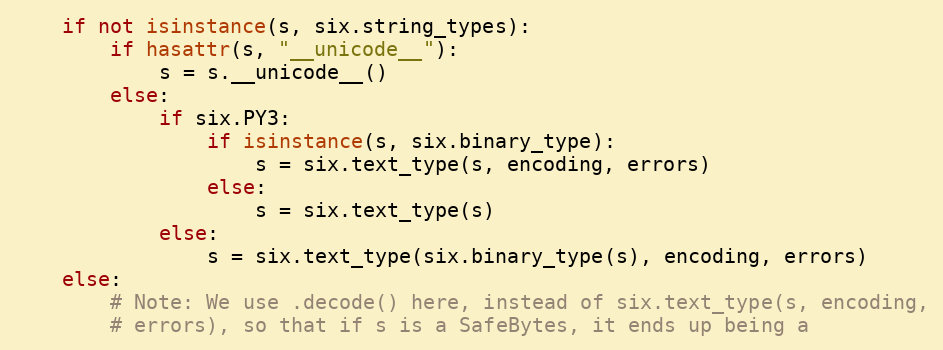
Language: Python
    if not isinstance(s, six.string_types):
        if hasattr(s, "__unicode__"):
            s = s.__unicode__()
        else:
            if six.PY3:
                if isinstance(s, six.binary_type):
                    s = six.text_type(s, encoding, errors)
                else:
                    s = six.text_type(s)
            else:
                s = six.text_type(six.binary_type(s), encoding, errors)
    else:
        # Note: We use .decode() here, instead of six.text_type(s, encoding,
        # errors), so that if s is a SafeBytes, it ends up being a